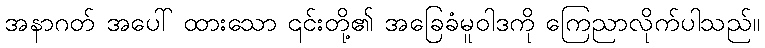
အနာဂတ် အပေါ် ထားသော ၎င်းတို့၏ အခြေခံမူဝါဒကို ကြေညာလိုက်ပါသည်။